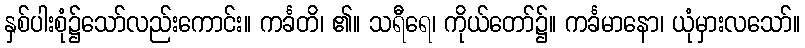
နှစ်ပါးစုံ၌သော်လည်းကောင်း။ ကင်္ခတိ၊ ၏။ သရီရေ၊ ကိုယ်တော်၌။ ကင်္ခမာနော၊ ယုံမှားလသော်။